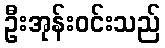
ဦးအုန်းဝင်းသည်